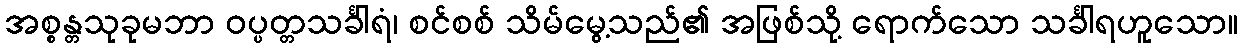
အစ္စန္တသုခုမဘာ ဝပ္ပတ္တသင်္ခါရံ၊ စင်စစ် သိမ်မွေ့သည်၏ အဖြစ်သို့ ရောက်သော သင်္ခါရဟူသော။